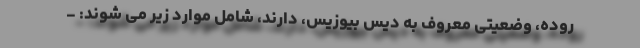
روده، وضعیتی معروف به دیس بیوزیس، دارند، شامل موارد زیر می شوند: -